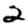
Digit: 2